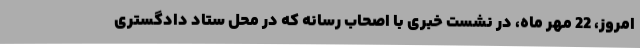
امروز، 22 مهر ماه، در نشست خبری با اصحاب رسانه که در محل ستاد دادگستری